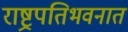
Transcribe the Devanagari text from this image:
राष्ट्रपतिभवनात